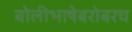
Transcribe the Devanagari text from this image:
बोलीभाषेबरोबरच